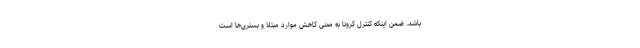
باشد. ضمن اینکه کنترل کرونا به معنی کاهش موارد مبتلا و بستری‌ها است